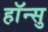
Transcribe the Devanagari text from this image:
हाॅन्सु